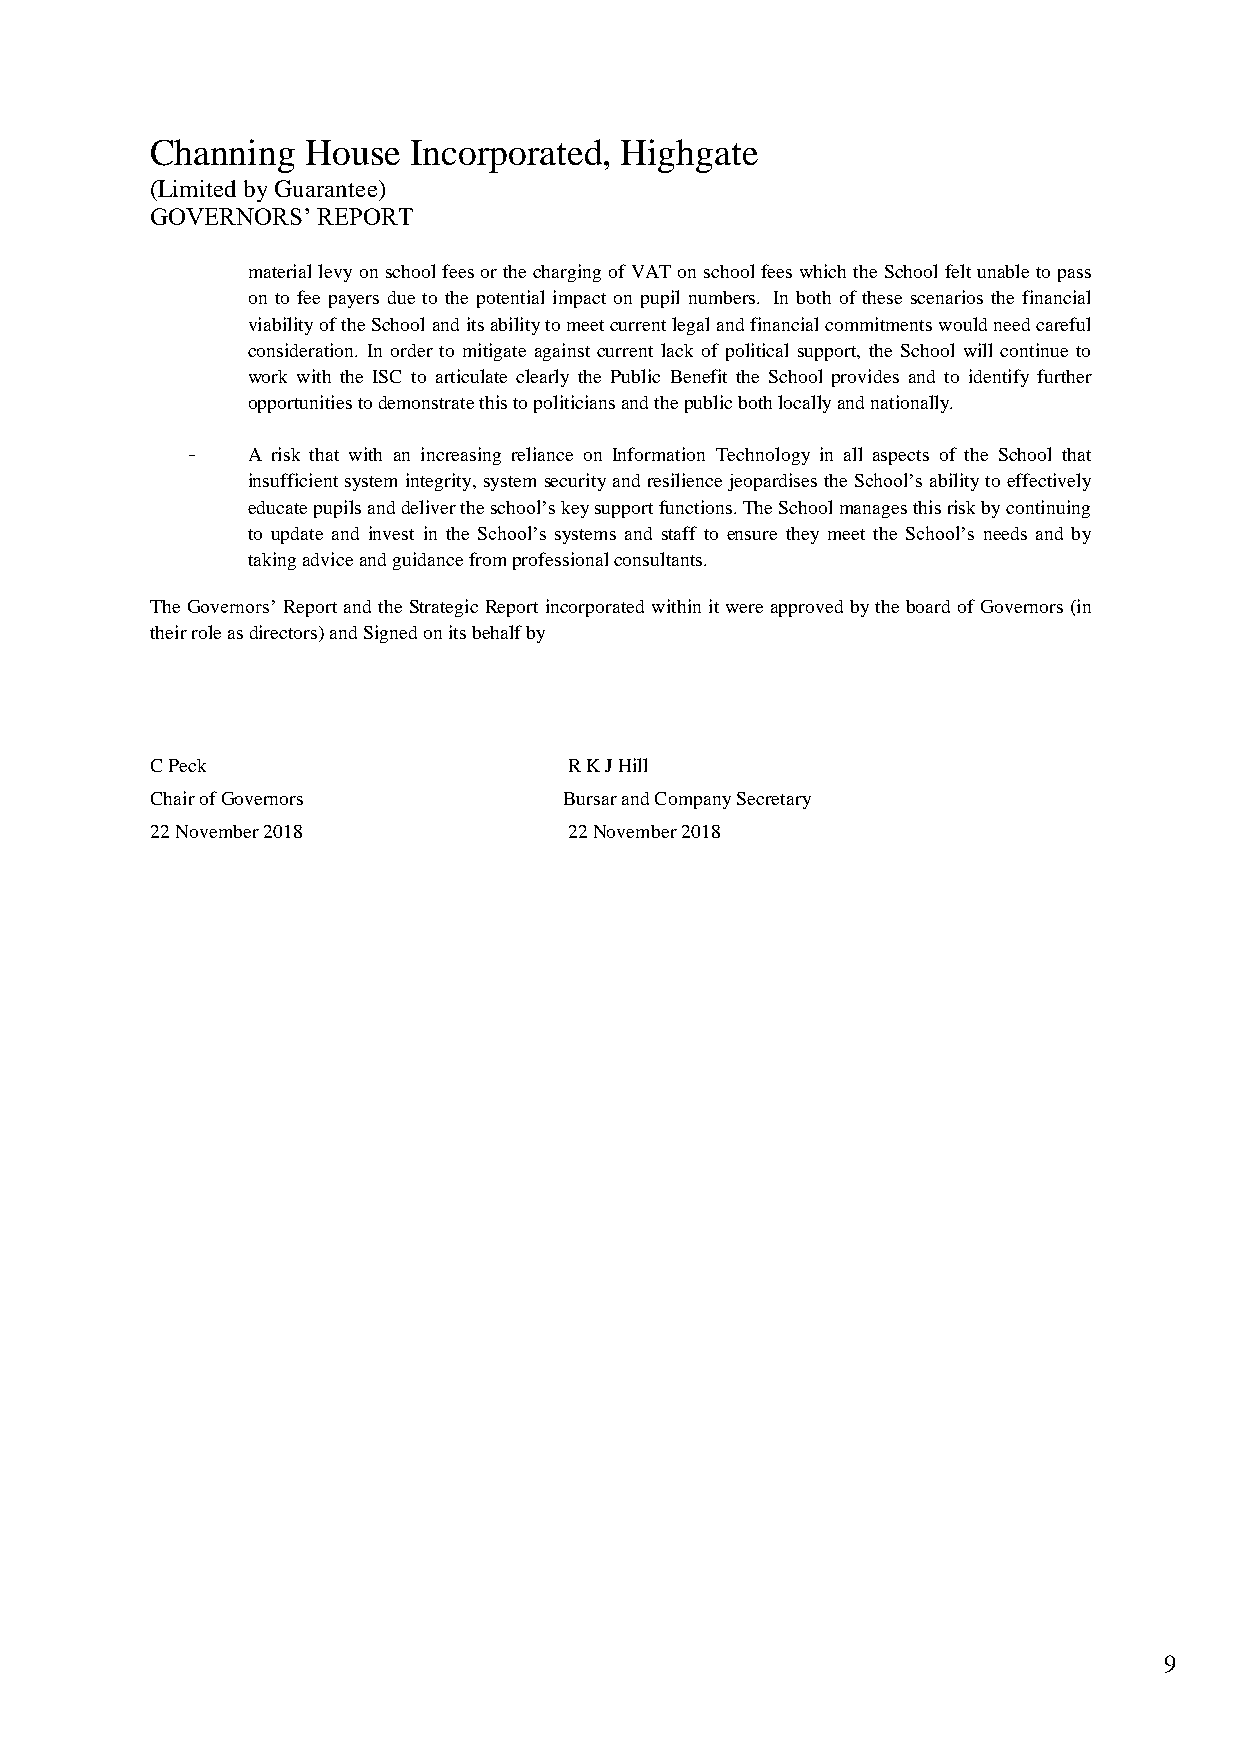
Channing  House  Incorporated, Highgate
 (Limited by Guarantee)
 GOVERNORS’ REPORT
 material levy on school fees or the charging of VAT on school fees which the School felt unable to pass
 on to fee payers due to the potential impact on pupil numbers. In both of these scenarios the financial
 viability of the School and its ability to meet current legal and financial commitments would need careful
 consideration. In order to mitigate against current lack of political support, the School will continue to
 work with the ISC to articulate clearly the Public Benefit the School provides and to identify further
 opportunities to demonstrate this to politicians and the public both locally and nationally.
 -   A risk that with an increasing reliance on Information Technology in all aspects of the School that
 insufficient system integrity, system security and resilience jeopardises the School’s ability to effectively
 educate pupils and deliver the school’s key support functions. The School manages this risk by continuing
 to update and invest in the School’s systems and staff to ensure they meet the School’s needs and by
 taking advice and guidance from professional consultants.
 The Governors’ Report and the Strategic Report incorporated within it were approved by the board of Governors (in
 their role as directors) and Signed on its behalf by
 C Peck                      R K J Hill
 Chair of Governors         Bursar and Company Secretary
 22 November 2018            22 November 2018
 9